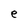
Character: e